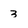
Character: 3